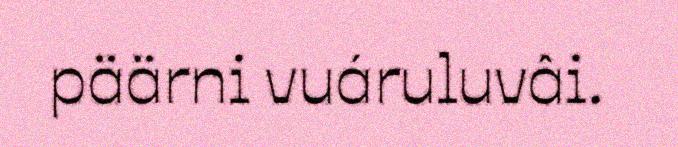
päärni vuáruluvâi.